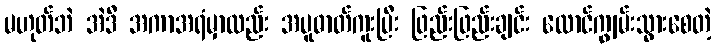
မဟုတ်ဘဲ အဲဒီ အကာအရံမှာလည်း အပူဓာတ်ကူးပြီး ဖြည်းဖြည်းချင်း လောင်ကျွမ်းသွားစေတဲ့